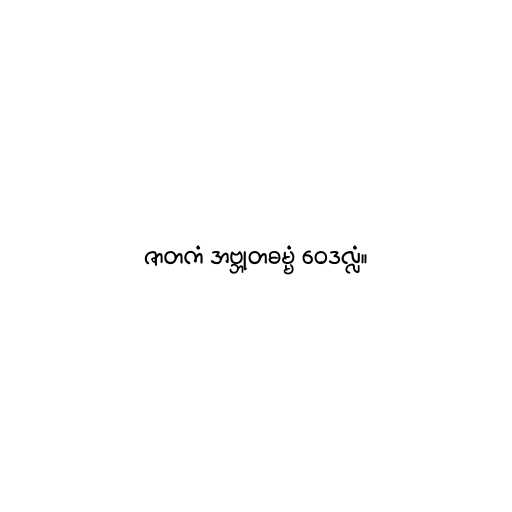
ဇာတကံ အဗ္ဘုတဓမ္မံ ဝေဒလ္လံ။